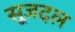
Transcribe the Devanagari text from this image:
सूजदल